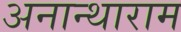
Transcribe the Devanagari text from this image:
अनान्थाराम